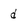
Character: d